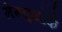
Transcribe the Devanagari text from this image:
मेंन्यूयॉर्क